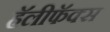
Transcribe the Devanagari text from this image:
हॅलीफॅक्स